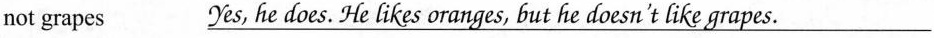
not grapes \underline{Yes, he does.He likes oranges, but he doesn't like grapes. }